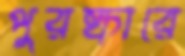
পুরষ্কারে